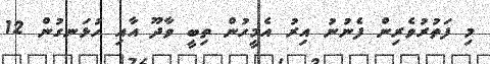
މި ފަތުރުވެރިން ފެނުނު އިރު އެމީހުން ތިބީ ވާދޫ އާއި ހުޅަނގުން 12